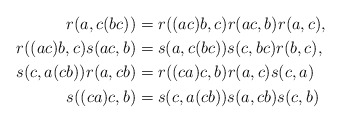
\begin{align*}r(a, c(bc)) &= r((ac)b,c)r(ac,b)r(a,c),\\r((ac)b,c) s(ac,b) &= s(a,c(bc)) s(c,bc) r(b,c),\\s(c,a(cb)) r(a,cb) &= r((ca)c,b)r(a,c)s(c,a) \\s((ca)c,b) &= s(c,a(cb))s(a,cb)s(c,b)\end{align*}